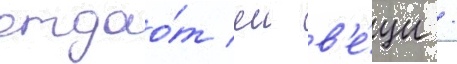
отдао́т еи в'е́щи /